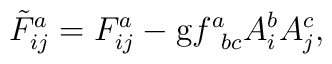
\tilde{F}_{ij}^{a}=F_{ij}^{a}-\mathrm{g}f_{\;\;bc}^{a}A_{i}^{b}A_{j}^{c},